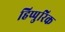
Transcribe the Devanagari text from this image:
हिप्पुरिक